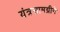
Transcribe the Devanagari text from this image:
यंत्रसामग्रीने